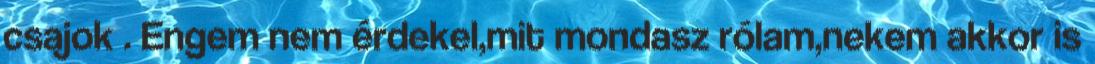
csajok . Engem nem érdekel,mit mondasz rólam,nekem akkor is